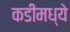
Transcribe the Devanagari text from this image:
कडीमध्ये